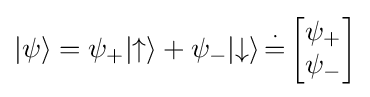
|\psi \rangle =\psi _{+}|{\mathord {\uparrow }}\rangle +\psi _{-}|{\mathord {\downarrow }}\rangle \,{\stackrel {\cdot }{=}}\,{\begin{bmatrix}\psi _{+}\\\psi _{-}\end{bmatrix}}